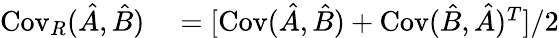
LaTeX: \begin{array}{rl}{\operatorname{Cov}_{R}(\hat{A},\hat{B})}&{{}=[\operatorname{Cov}(\hat{A},\hat{B})+\operatorname{Cov}(\hat{B},\hat{A})^{T}]/2}\end{array}